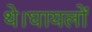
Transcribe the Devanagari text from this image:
थे।घायलों